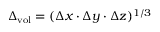
\Delta _ { \mathrm { v o l } } = ( \Delta x \cdot \Delta y \cdot \Delta z ) ^ { 1 / 3 }